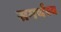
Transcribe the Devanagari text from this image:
समर्थस्य